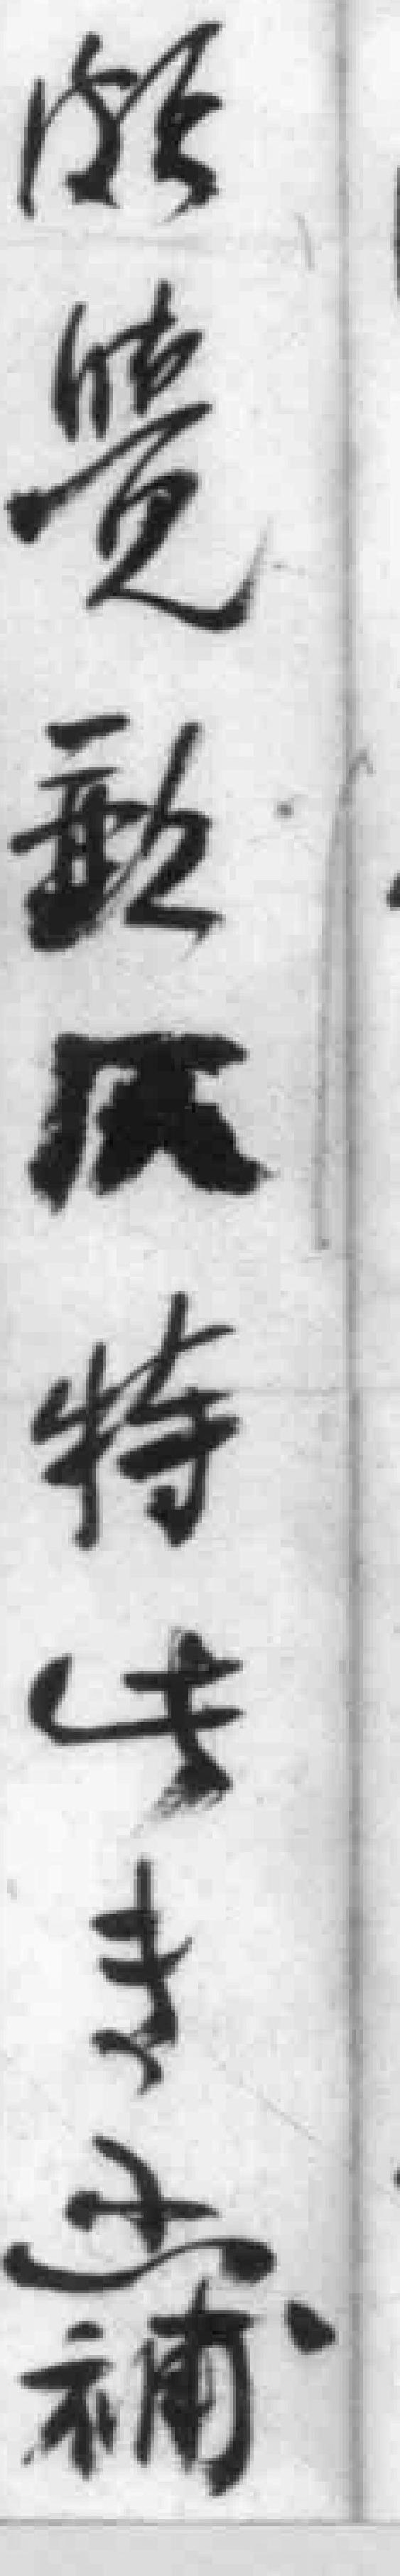
*覽動*特此专*函補